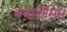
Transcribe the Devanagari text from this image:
क्यानोसिस